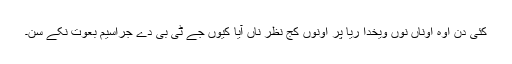
کئی دن اوہ اوناں نوں ویخدا ریا پر اونوں کج نظر ناں آیا کیوں جے ٹی بی دے جراسیم بعوت نکے سن۔